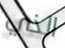
الذي